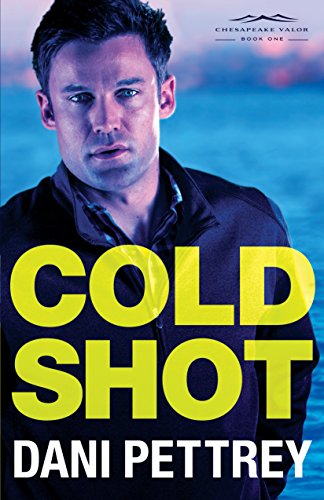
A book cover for Cold Shot (Chesapeake Valor); Dani Pettrey; Romance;